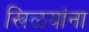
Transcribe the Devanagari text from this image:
खिळयांना